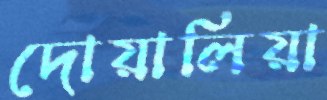
দোয়ালিয়া